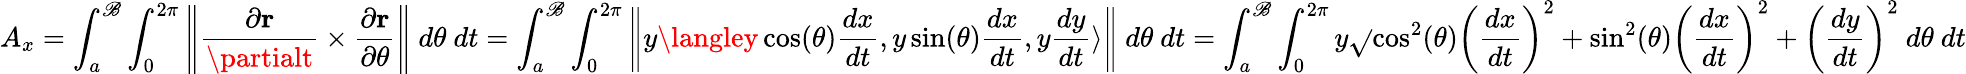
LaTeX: A_{x}=\int_{a}^{\mathscr{B}}\int_{0}^{2\pi}\left\| {\frac{{\partial\mathbf{{r}}}}{{\partialt}}}\times{\frac{{\partial\mathbf{{r}}}}{{\partial\theta}}}\right\| \ d\theta\ dt=\int_{a}^{\mathscr{B}}\int_{0}^{2\pi}\left\| y\langley\cos(\theta){\frac{{dx}}{{dt}}},y\sin(\theta){\frac{{dx}}{{dt}}},y{\frac{{dy}}{{dt}}}\rangle\right\| \ d\theta\ dt=\int_{a}^{\mathscr{B}}\int_{0}^{2\pi}y{\sqrt{}{{\cos^{2}(\theta)\left({\frac{{dx}}{{dt}}}\right)^{2}+\sin^{2}(\theta)\left({\frac{{dx}}{{dt}}}\right)^{2}+\left({\frac{{dy}}{{dt}}}\right)^{2}}}}\ d\theta\ dt